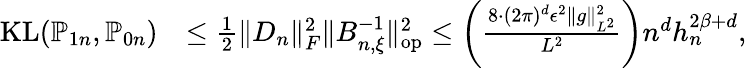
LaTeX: \begin{array}{rl}{\mathrm{KL}(\mathbb{P}_{1n},\mathbb{P}_{0n})}&{\le\frac{1}{2}\| D_{n}\| _{F}^{2}\| B_{n,\xi}^{-1}\| _{\mathrm{op}}^{2}\le\left(\frac{8\cdot(2\pi)^{d}\epsilon^{2}\| g\| _{L^{2}}^{2}}{L^{2}}\right)n^{d}h_{n}^{2\beta+d},}\end{array}